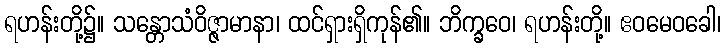
ရဟန်းတို့၌။ သန္တောသံဝိဇ္ဇာမာနာ၊ ထင်ရှားရှိကုန်၏။ ဘိက္ခဝေ၊ ရဟန်းတို့။ ဧဝမေဝခေါ၊